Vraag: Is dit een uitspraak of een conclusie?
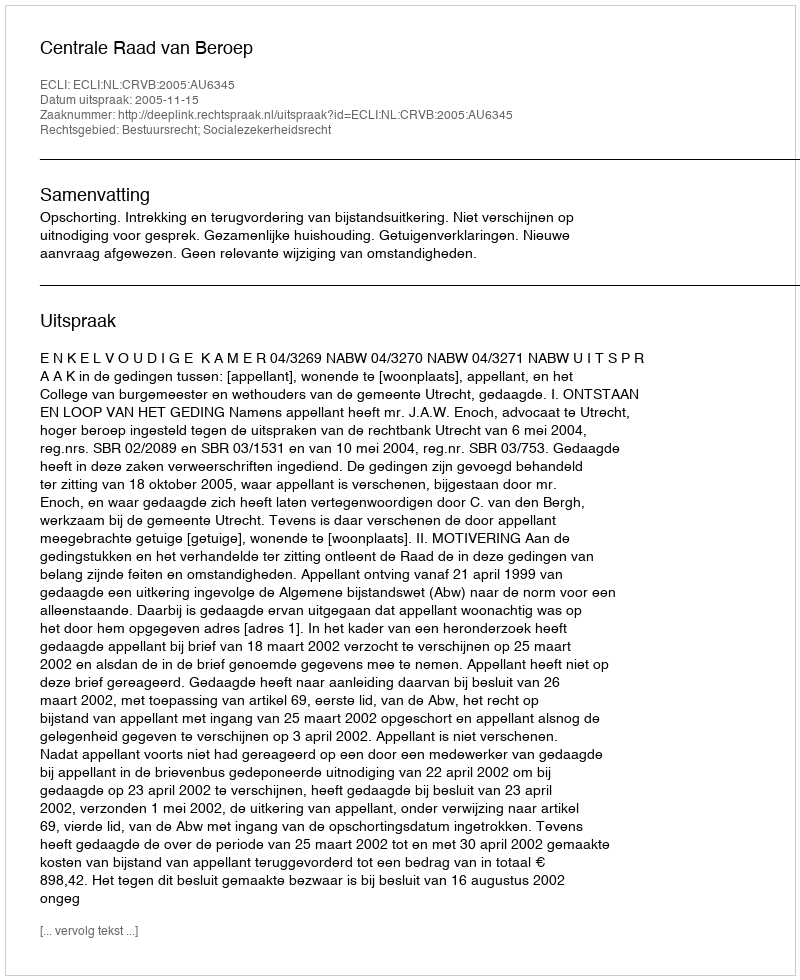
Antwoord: Uitspraak